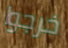
خرجوا